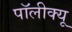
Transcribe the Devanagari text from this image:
पॉलीक्यू